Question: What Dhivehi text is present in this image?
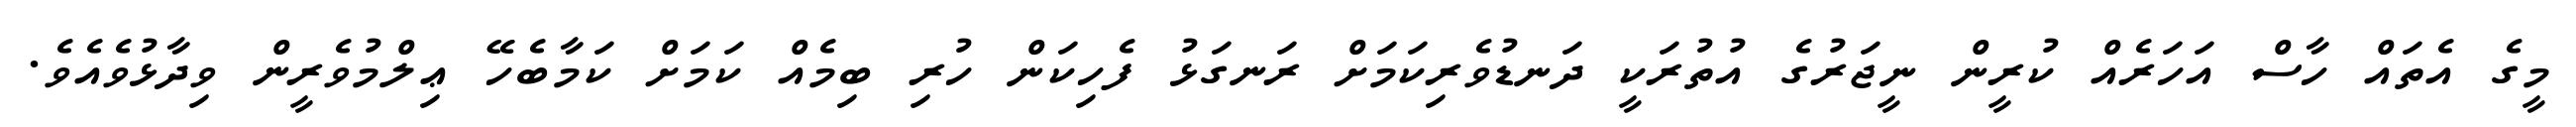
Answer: މީގެ އެތައް ހާސް އަހަރެއް ކުރީން ނީޖަރުގެ އުތުރަކީ ދަނޑުވެރިކަމަށް ރަނގަޅު ފެހިކަން ހުރި ބިމެއް ކަމަށް ކަމާބެހޭ ޢިލްމުވެރީން ވިދާޅުވެއެވެ.